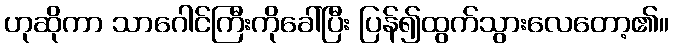
ဟုဆိုကာ သာဂေါင်ကြီးကိုခေါ်ပြီး ပြန်၍ထွက်သွားလေတော့၏။